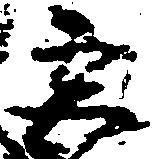
宮